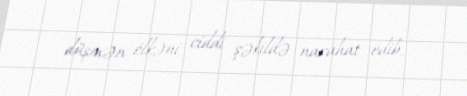
düşmən ölkəni ciddi şəkildə narahat edib.